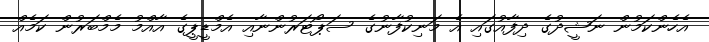
އެހެންކަމުން ނަޝީދުގެ ދިފާއުގައި އެ މަނިކުފާނުގެ ސަޕޯޓަރުންނާއި އެމްޑީޕީގެ އާއްމު މެމްބަރުން ކަމެއް